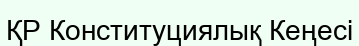
ҚР Конституциялық Кеңесі